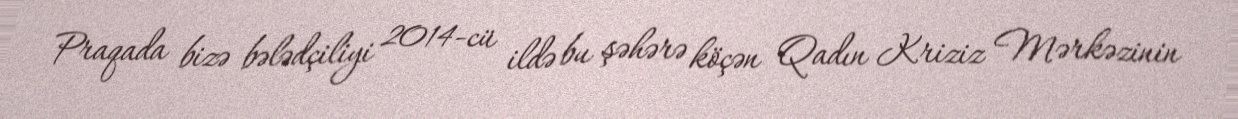
Praqada bizə bələdçiliyi 2014-cü ildə bu şəhərə köçən Qadın Kriziz Mərkəzinin